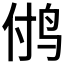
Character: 𱉜